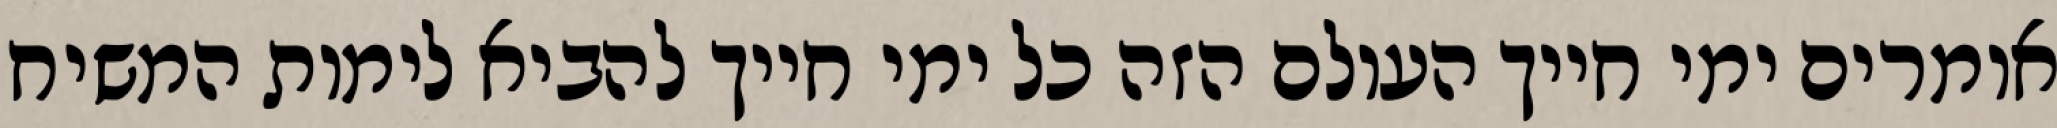
אומרים ימי חייך העולם הזה כל ימי חייך להביא לימות המשיח